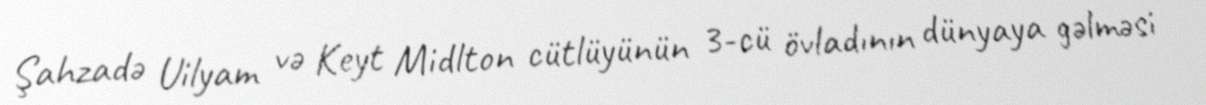
Şahzadə Uilyam və Keyt Midlton cütlüyünün 3-cü övladının dünyaya gəlməsi